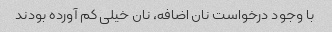
با وجود درخواست نان اضافه، نان خیلی کم آورده بودند